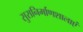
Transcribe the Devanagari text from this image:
सुरानिर्माणशालाएं